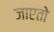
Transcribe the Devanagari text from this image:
जाएतो